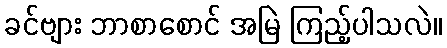
ခင်ဗျား ဘာစာစောင် အမြဲ ကြည့်ပါသလဲ။